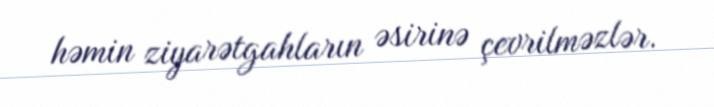
həmin ziyarətgahların əsirinə çevrilməzlər.